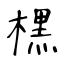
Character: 𣘸